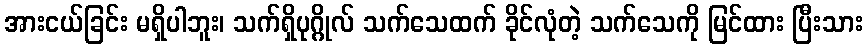
အားငယ်ခြင်း မရှိပါဘူး၊ သက်ရှိပုဂ္ဂိုလ် သက်သေထက် ခိုင်လုံတဲ့ သက်သေကို မြင်ထား ပြီးသား